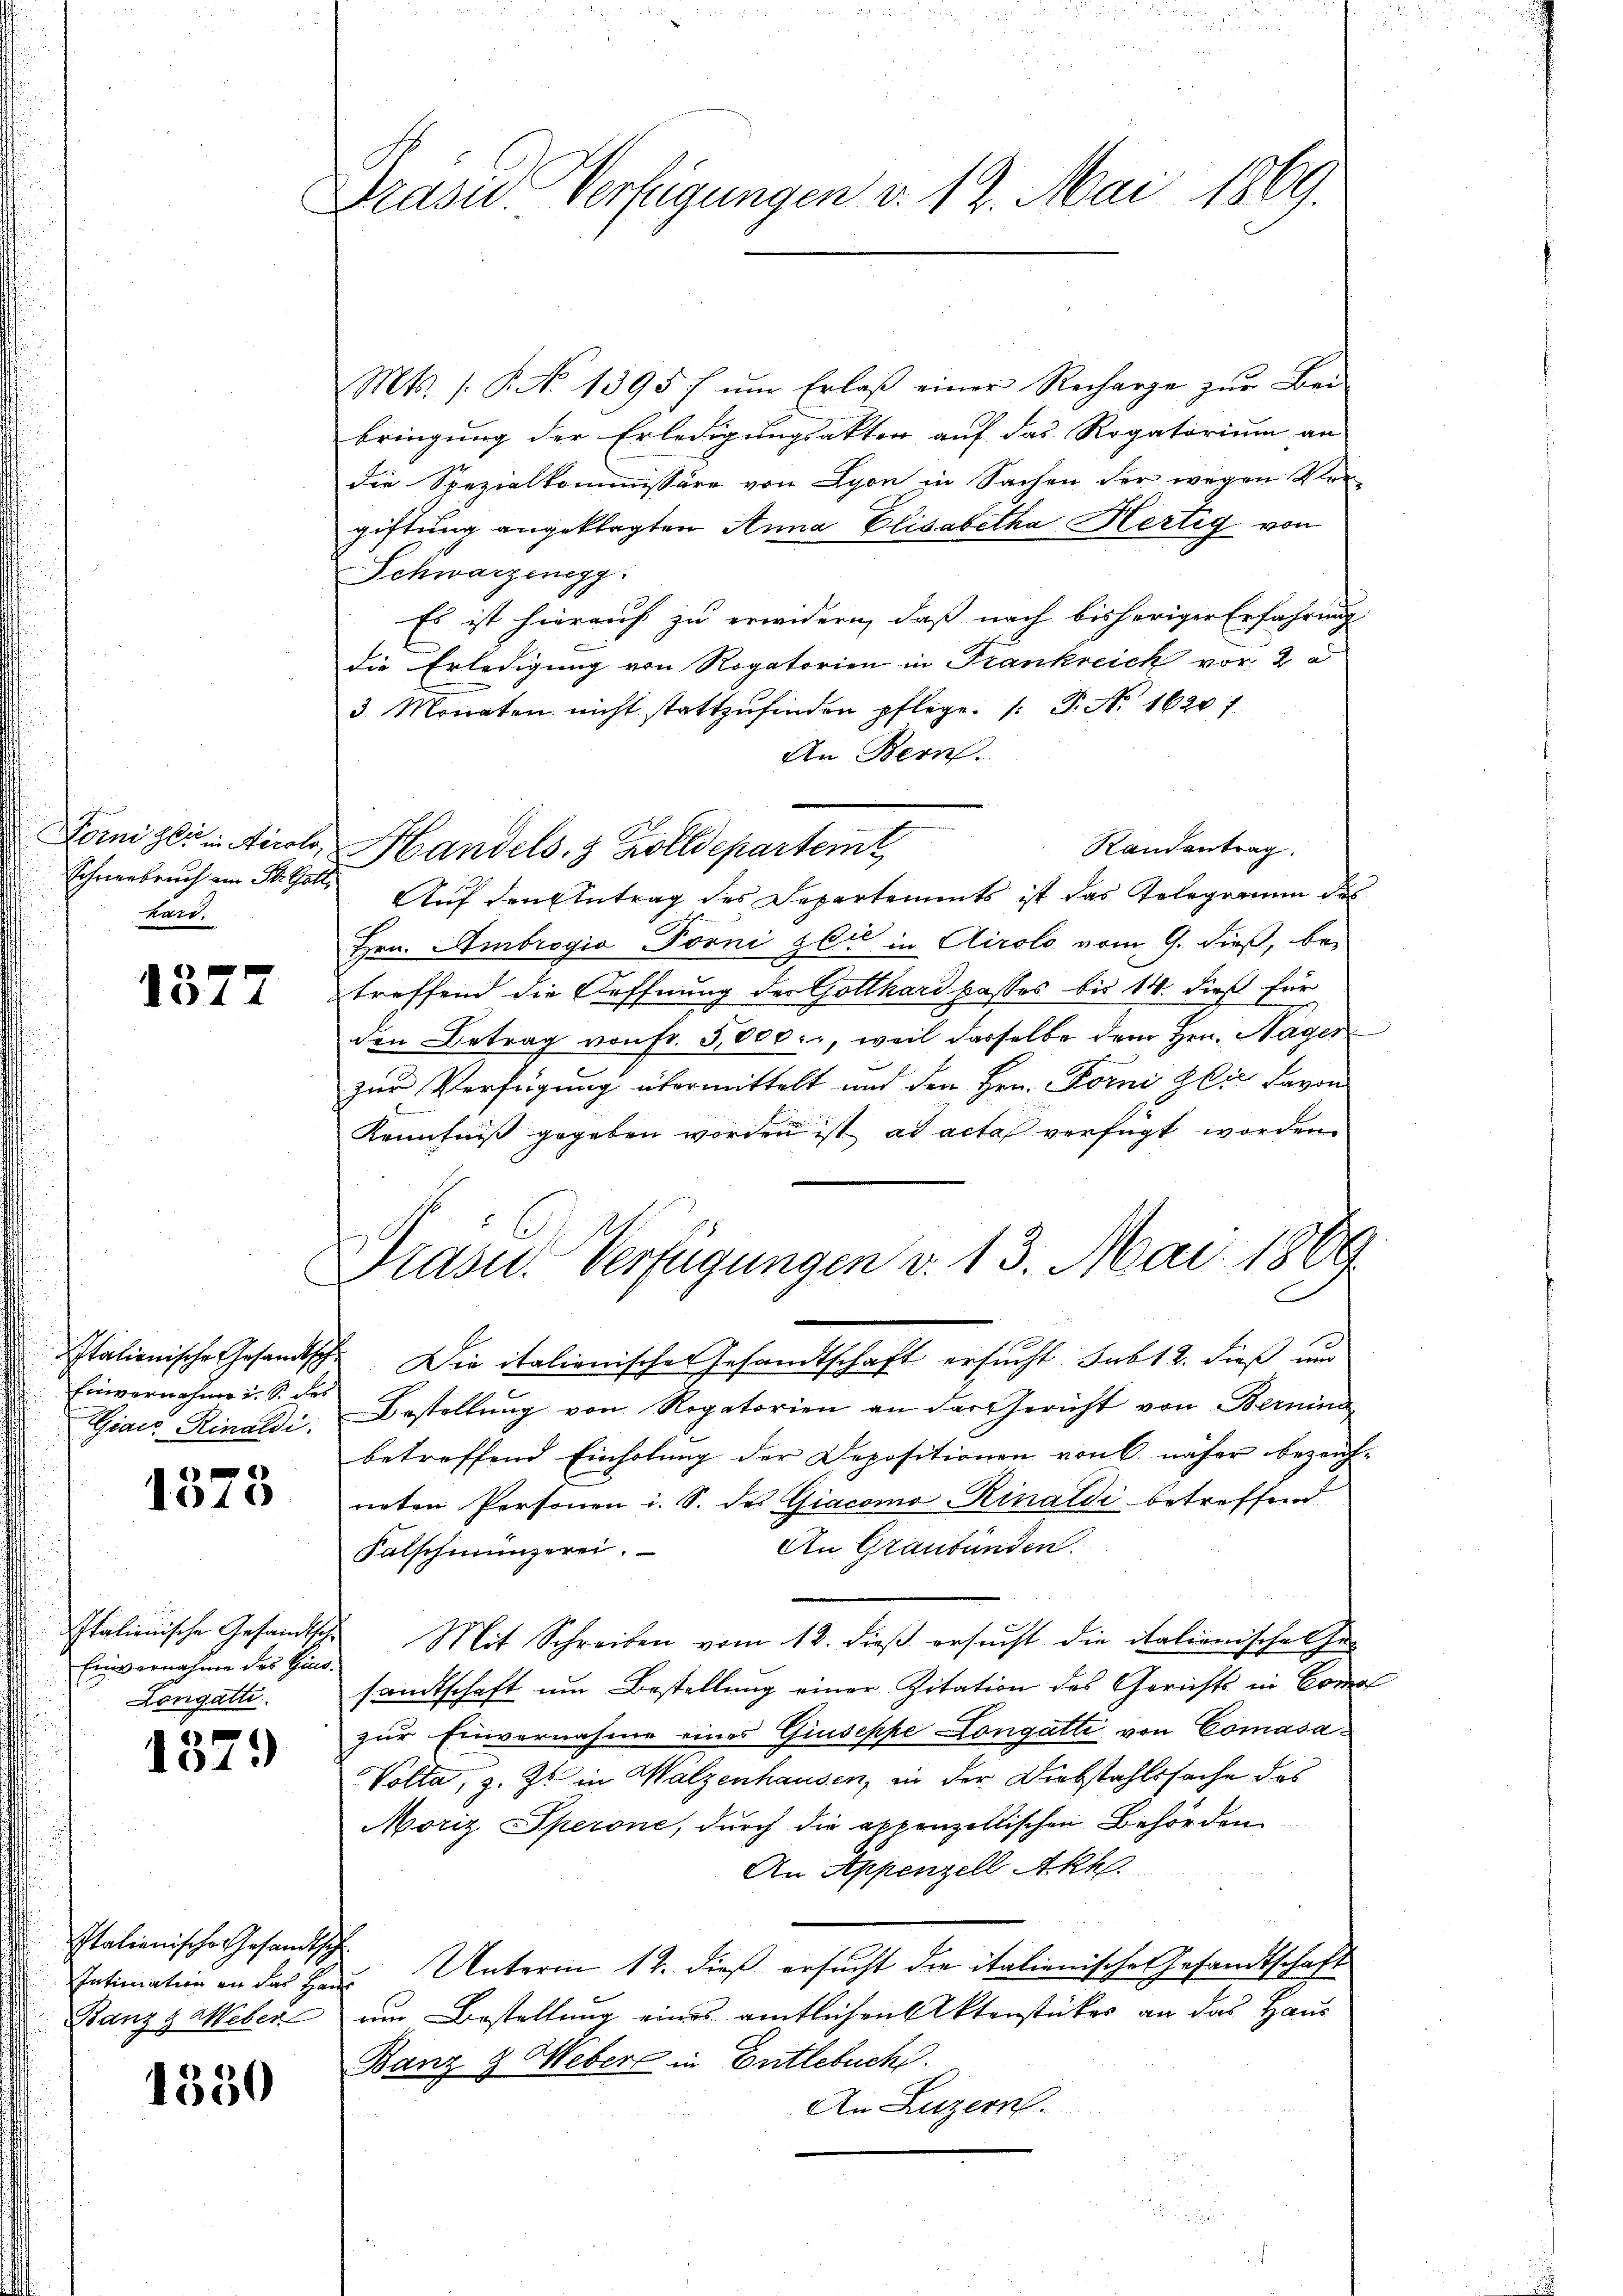
kare.

6
1014

Einvernahme i. S. des
Giact Rinaldi

g
E
1010

Einvernahme des Hino.
Longatt

1379

Italienische Gesandtsch
Banz gattiben

1330

Präsid.. Verfügungen v. 12. Mai 1869.

Lomigli in Airolo, Handels, 8 Zolldepartemt

Mts. 1. P. No 1395 f ŭm Erlaβ einer Recharge zŭr Bei-
bringung der Erledigungsakter auf das Rogatorium an
die Spezialkommissäre von Lyon in Sachen der wegen Ver
giftung angeklagten Anna Elisabetha Hertig von
Schwarzenegg
Es ist hierauf zu erwidern, daß nach bisheriger Erfahrung
die Erledigung von Rogatorien in Frankreich vor 2
3 Monaten nicht stattzŭfinden pflege. /: P. Nr. 1620 f
An Bern.
Randantrag.
Schneebruch an St. Gott, Auf den Antrag des Departements ist das Telegramm des
Hrn. Ambrogio Pörni gere in Airolo vom 9. dieß, betreffend die Oeffnung des Gotthard passes bis 14. dieß für
den Betrag von fr. 5000. r, weil dasselbe dem Hrn. Nager
zur Verfügung übermittelt und den Hrn. Forni Jlie davon
Kenntniß gegeben worden ist ad acta verfügt worden.
Grasu. Verfügungen v. 13. Mai 1889
Itationische Gesandtsch. Die italionische Gesandtschaft ersucht sub 12. dieß und
Bestellung von Rogatorien an der Gericht von Bernina
betreffend Einholung der Depositionen von C. näher bezeich-
neten Personen i. S. des Giacomo Rinaldi betreffend
An Graubünden.
Falschmünzerei.
Italienische Gesandtsche Mit Schreiben vom 12. dieß ersucht die italienische Zu-
sandtschaft um Bestellung einer Zitation des Gerichts in Como
zur Einvernahme eines Giuseppe Longatti von Comasa¬
Volta, z. Zt. in Walzenhausen, in der Diebstahlssache des
Moriz Sperone, durch die appenzellischen Behörden
An Appenzell Akh
Intimation an das her Unterm 12. dieß ersucht die italienisches Gesandtschaft
um Bestellung eines amtlichen Aktenstückes an das Haus
Banz & Webere in Entlebuch.
An Luzern.
.